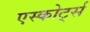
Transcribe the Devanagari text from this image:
एस्कोर्ट्स